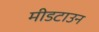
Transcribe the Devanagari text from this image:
मीडटाउन